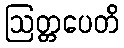
ဩတ္တပေတိ